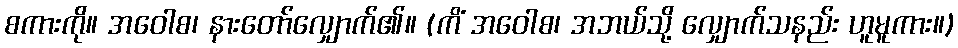
စကားကို။ အဝေါစ၊ နားတော်လျှောက်၏။ (ကိံ အဝေါစ၊ အဘယ်သို့ လျှောက်သနည်း ဟူမူကား။)